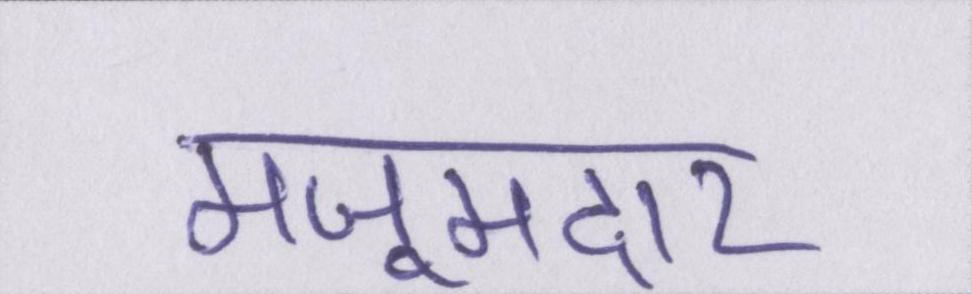
मजूमदार